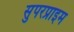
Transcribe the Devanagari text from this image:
सुपरप्राइम